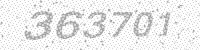
Solution: 363701